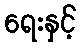
ရေးနှင့်